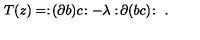
T ( z ) = : \! ( \partial b ) c \! : - \lambda : \! \partial ( b c ) \! : \ .